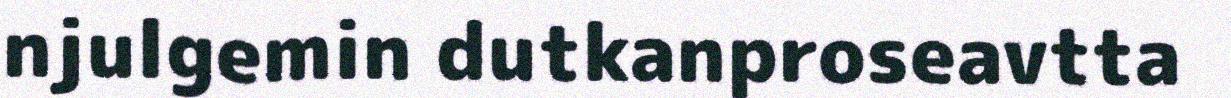
njulgemin dutkanproseavtta